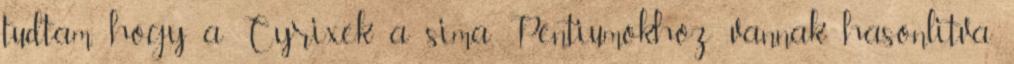
tudtam, hogy a Cyrixek a sima Pentiumokhoz vannak hasonlitva.